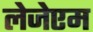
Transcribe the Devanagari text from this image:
लेजेएम